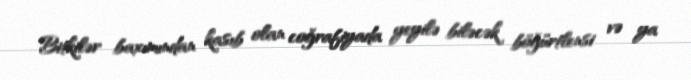
Bitkilər baxımından kasıb olan coğrafiyada yeyilə biləcək böğürtlensi və ya